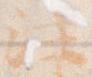
注